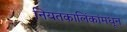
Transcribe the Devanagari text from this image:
नियतकालिंकांमधून